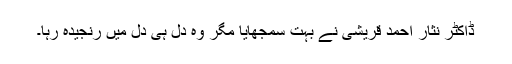
ڈاکٹر نثار احمد قریشی نے بہت سمجھایا مگر وہ دل ہی دل میں رنجیدہ رہا۔